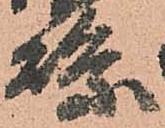
縣